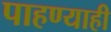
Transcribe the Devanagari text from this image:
पाहण्याही